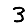
Digit: 3